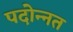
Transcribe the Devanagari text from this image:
पदोन्‍नत